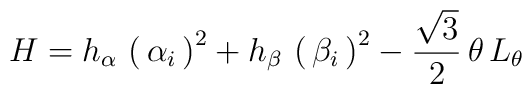
H= h_\alpha\, \left(\, \alpha_i\, \right)^2 + h_\beta\, \left(\, \beta_i\, \right)^2 -\frac{\sqrt 3}{2}\, \theta \, L_\theta